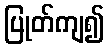
ပြုတ်ကျ၍